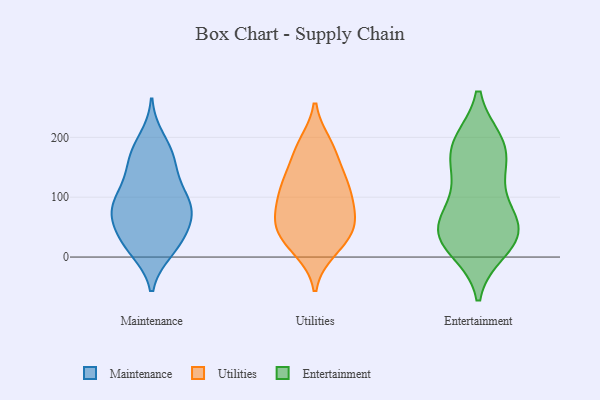
{"axis": {"x": "Latency (ms)", "y": "Value"}, "legend": ["Entertainment", "Maintenance", "Utilities"], "data": [{"x": "", "y": 171, "type": "Maintenance"}, {"x": "", "y": 54, "type": "Maintenance"}, {"x": "", "y": 11, "type": "Maintenance"}, {"x": "", "y": 25, "type": "Maintenance"}, {"x": "", "y": 198, "type": "Maintenance"}, {"x": "", "y": 86, "type": "Maintenance"}, {"x": "", "y": 88, "type": "Maintenance"}, {"x": "", "y": 20, "type": "Maintenance"}, {"x": "", "y": 177, "type": "Maintenance"}, {"x": "", "y": 99, "type": "Maintenance"}, {"x": "", "y": 76, "type": "Maintenance"}, {"x": "", "y": 65, "type": "Maintenance"}, {"x": "", "y": 110, "type": "Maintenance"}, {"x": "", "y": 65, "type": "Maintenance"}, {"x": "", "y": 149, "type": "Maintenance"}, {"x": "", "y": 159, "type": "Maintenance"}, {"x": "", "y": 41, "type": "Maintenance"}, {"x": "", "y": 10, "type": "Maintenance"}, {"x": "", "y": 86, "type": "Maintenance"}, {"x": "", "y": 126, "type": "Maintenance"}, {"x": "", "y": 188, "type": "Utilities"}, {"x": "", "y": 14, "type": "Utilities"}, {"x": "", "y": 65, "type": "Utilities"}, {"x": "", "y": 133, "type": "Utilities"}, {"x": "", "y": 51, "type": "Utilities"}, {"x": "", "y": 113, "type": "Utilities"}, {"x": "", "y": 113, "type": "Utilities"}, {"x": "", "y": 46, "type": "Utilities"}, {"x": "", "y": 51, "type": "Utilities"}, {"x": "", "y": 102, "type": "Utilities"}, {"x": "", "y": 144, "type": "Utilities"}, {"x": "", "y": 28, "type": "Utilities"}, {"x": "", "y": 108, "type": "Utilities"}, {"x": "", "y": 11, "type": "Utilities"}, {"x": "", "y": 172, "type": "Utilities"}, {"x": "", "y": 59, "type": "Utilities"}, {"x": "", "y": 78, "type": "Utilities"}, {"x": "", "y": 189, "type": "Utilities"}, {"x": "", "y": 13, "type": "Entertainment"}, {"x": "", "y": 42, "type": "Entertainment"}, {"x": "", "y": 69, "type": "Entertainment"}, {"x": "", "y": 176, "type": "Entertainment"}, {"x": "", "y": 69, "type": "Entertainment"}, {"x": "", "y": 186, "type": "Entertainment"}, {"x": "", "y": 24, "type": "Entertainment"}, {"x": "", "y": 52, "type": "Entertainment"}, {"x": "", "y": 27, "type": "Entertainment"}, {"x": "", "y": 191, "type": "Entertainment"}, {"x": "", "y": 42, "type": "Entertainment"}, {"x": "", "y": 130, "type": "Entertainment"}, {"x": "", "y": 189, "type": "Entertainment"}, {"x": "", "y": 133, "type": "Entertainment"}]}